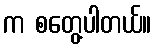
က စတွေ့ပါတယ်။